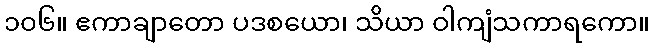
၁၀၆။ ဧကာချာတော ပဒစယော၊ သိယာ ဝါကျံသကာရကော။